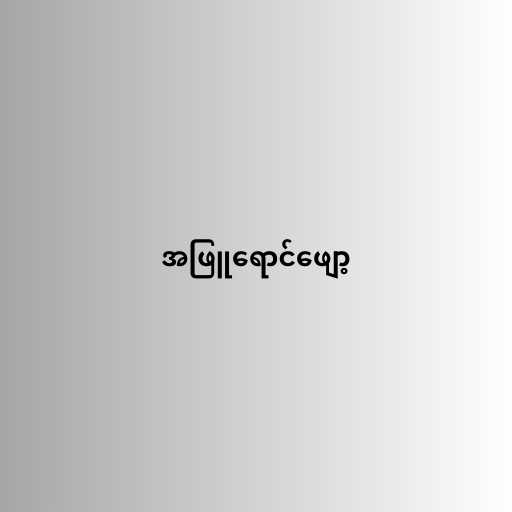
အဖြူရောင်ဖျော့